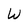
Character: W